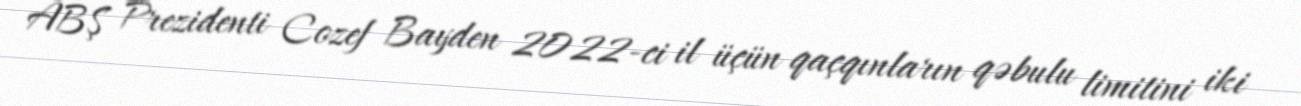
ABŞ Prezidenti Cozef Bayden 2022-ci il üçün qaçqınların qəbulu limitini iki